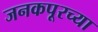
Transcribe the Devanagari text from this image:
जनकपूरच्या